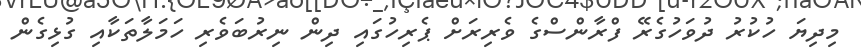
މިދިޔަ ހުކުރު ދުވަހުގެރޭ ފްރާންސްގެ ވެރިރަށް ޕެރިހުގައި ދިން ނިރުބަވެރި ހަމަލާތަކާއި ގުޅިގެން